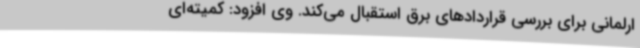
ارلمانی برای بررسی قراردادهای برق استقبال می‌کند. وی افزود:‌ کمیته‌ای